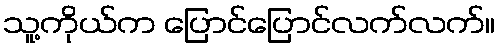
သူ့ကိုယ်က ပြောင်ပြောင်လက်လက်။